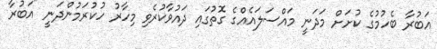
އަބުރާ ބެހުމުގެ ކުށަށް މަދަނީ މައްސަލައެއްގެ ގޮތުގައި ދައުވާކުރެވި މިހާރު ހުކުރަމުންދަނީ "އަބުރާ